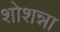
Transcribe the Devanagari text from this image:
शोशन्ना